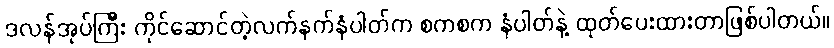
ဒလန်အုပ်ကြီး ကိုင်ဆောင်တဲ့လက်နက်နံပါတ်က စကစက နံပါတ်နဲ့ ထုတ်ပေးထားတာဖြစ်ပါတယ်။